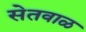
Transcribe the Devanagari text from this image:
सेतवाळ